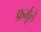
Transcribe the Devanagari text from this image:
फ़र्मूले